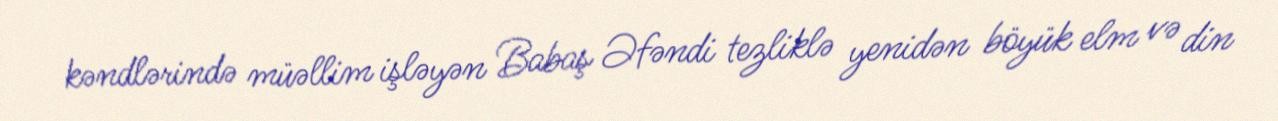
kəndlərində müəllim işləyən Babaş Əfəndi tezliklə yenidən böyük elm və din